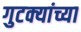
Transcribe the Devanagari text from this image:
गुटक्यांच्या